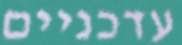
עדכניים